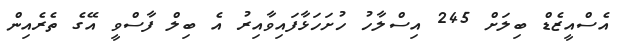
އެސްއީޒެޑް ބިލަށް 245 އިސްލާހު ހުށަހަޅާފައިވާއިރު އެ ބިލް ފާސްވީ އޭގެ ތެރެއިން